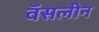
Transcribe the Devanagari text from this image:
वॅसलीन